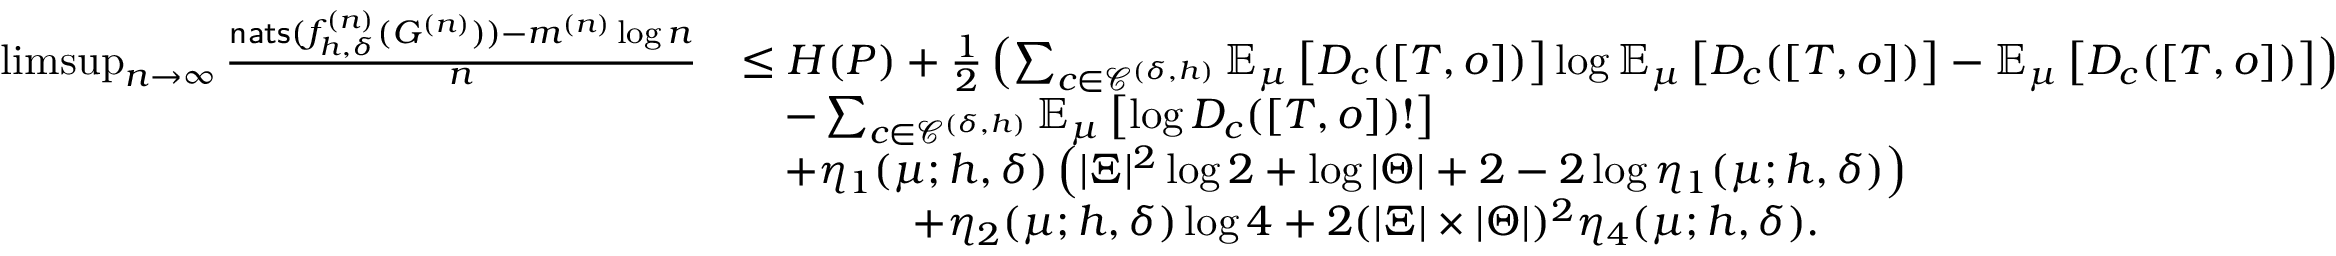
\begin{array} { r l } { \operatorname* { l i m s u p } _ { n \rightarrow \infty } \frac { \mathsf { n a t s } ( f _ { h , \delta } ^ { ( n ) } ( G ^ { ( n ) } ) ) - m ^ { ( n ) } \log n } { n } } & { \leq H ( P ) + \frac { 1 } { 2 } \left( \sum _ { c \in \mathcal { C } ^ { ( \delta , h ) } } \mathbb { E } _ { \mu } \left[ D _ { c } ( [ T , o ] ) \right] \log \mathbb { E } _ { \mu } \left[ D _ { c } ( [ T , o ] ) \right] - \mathbb { E } _ { \mu } \left[ D _ { c } ( [ T , o ] ) \right] \right) } \\ & { \quad - \sum _ { c \in \mathcal { C } ^ { ( \delta , h ) } } \mathbb { E } _ { \mu } \left[ \log D _ { c } ( [ T , o ] ) ! \right] } \\ & { \quad + \eta _ { 1 } ( \mu ; h , \delta ) \left( | \Xi | ^ { 2 } \log 2 + \log | \Theta | + 2 - 2 \log \eta _ { 1 } ( \mu ; h , \delta ) \right) } \\ & { \qquad \qquad + \eta _ { 2 } ( \mu ; h , \delta ) \log 4 + 2 ( | \Xi | \times | \Theta | ) ^ { 2 } \eta _ { 4 } ( \mu ; h , \delta ) . } \end{array}